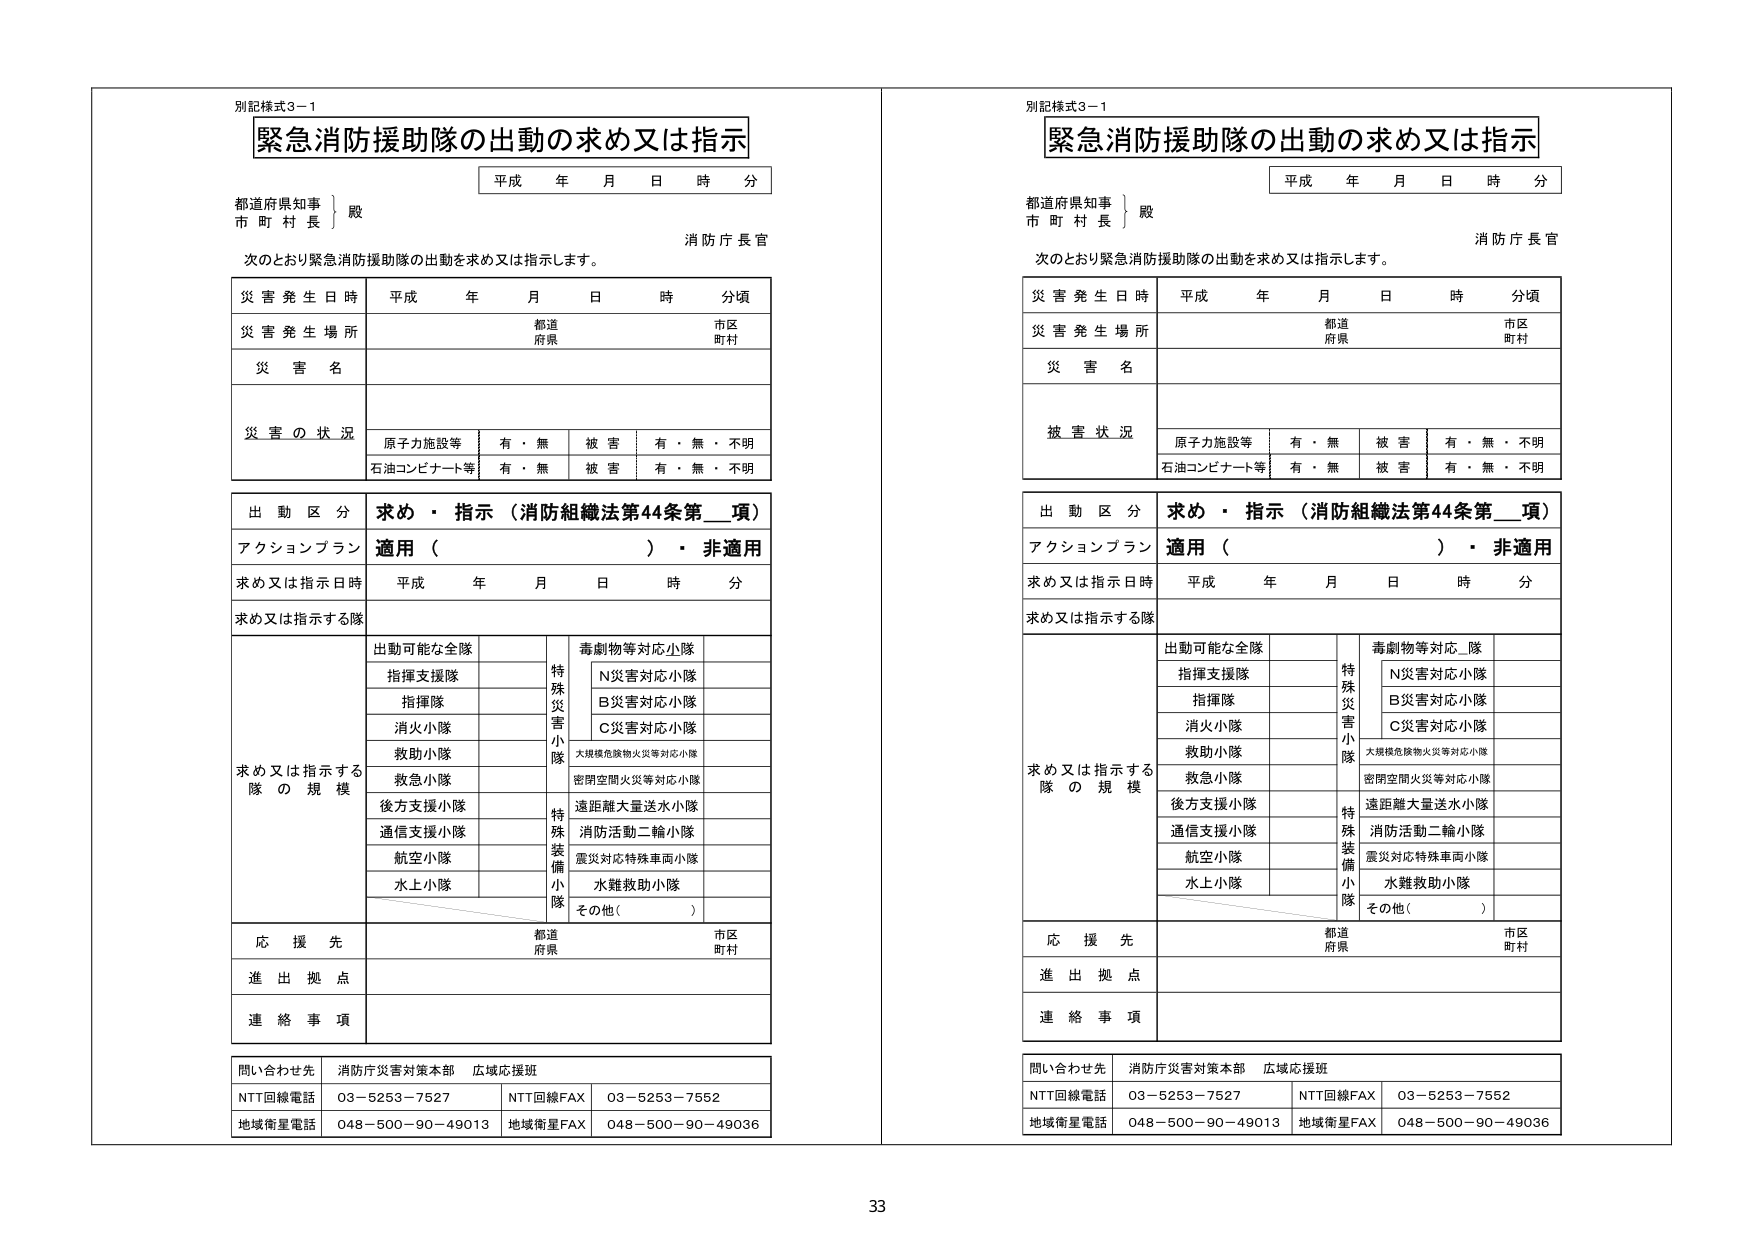
別記様式3－1
緊急消防援助隊の出動の求め又は指示
平成 年 月 日 時 分
都道府県知事 } 殿
市 町 村 長
消防庁長官
次のとおり緊急消防援助隊の出動を求め又は指示します。

災害発生日時 平成 年 月 日 時 分頃
災害発生場所 都道 市区
府県 町村
災害名
災害の状況
原子力施設等 有・無 被害 有・無・不明
石油コンビナート等 有・無 被害 有・無・不明

出動区分 求め・指示（消防組織法第44条第__項）
アクションプラン 適用（ ）・非適用
求め又は指示日時 平成 年 月 日 時 分
求め又は指示する隊

求め又は指示する隊の規模
出動可能な全隊
特殊災害小隊
毒劇物等対応小隊
指揮支援隊
N災害対応小隊
指揮隊
B災害対応小隊
消火小隊
C災害対応小隊
救助小隊
大規模危険物火災等対応小隊
救急小隊
密閉空間火災等対応小隊
後方支援小隊
遠距離大量送水小隊
通信支援小隊
消防活動二輪小隊
航空小隊
震災対応特殊車両小隊
水上小隊
水難救助小隊
その他（ ）

応援先 都道 市区
府県 町村
進出拠点
連絡事項

問い合わせ先 消防庁災害対策本部 広域応援班
NTT回線電話 03－5253－7527 NTT回線FAX 03－5253－7552
地域衛星電話 048－500－90－49013 地域衛星FAX 048－500－90－49036

別記様式3－1
緊急消防援助隊の出動の求め又は指示
平成 年 月 日 時 分
都道府県知事 } 殿
市 町 村 長
消防庁長官
次のとおり緊急消防援助隊の出動を求め又は指示します。

災害発生日時 平成 年 月 日 時 分頃
災害発生場所 都道 市区
府県 町村
災害名
被害状況
原子力施設等 有・無 被害 有・無・不明
石油コンビナート等 有・無 被害 有・無・不明

出動区分 求め・指示（消防組織法第44条第__項）
アクションプラン 適用（ ）・非適用
求め又は指示日時 平成 年 月 日 時 分
求め又は指示する隊

求め又は指示する隊の規模
出動可能な全隊
特殊災害小隊
毒劇物等対応小隊
指揮支援隊
N災害対応小隊
指揮隊
B災害対応小隊
消火小隊
C災害対応小隊
救助小隊
大規模危険物火災等対応小隊
救急小隊
密閉空間火災等対応小隊
後方支援小隊
遠距離大量送水小隊
通信支援小隊
消防活動二輪小隊
航空小隊
震災対応特殊車両小隊
水上小隊
水難救助小隊
その他（ ）

応援先 都道 市区
府県 町村
進出拠点
連絡事項

問い合わせ先 消防庁災害対策本部 広域応援班
NTT回線電話 03－5253－7527 NTT回線FAX 03－5253－7552
地域衛星電話 048－500－90－49013 地域衛星FAX 048－500－90－49036

33